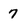
Character: 7